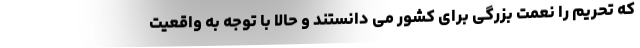
که تحریم را نعمت بزرگی برای کشور می دانستند و حالا با توجه به واقعیت